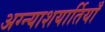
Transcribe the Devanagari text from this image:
अग्न्याशयार्तियाँ